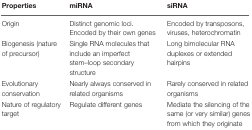
| Properties | miRNA | siRNA |
 | --- | --- | --- |
 | Origin | Distinct genomic loci. Encoded by their own genes | Encoded by transposons, viruses, heterochromatin |
 | Biogenesis (nature of precursor) | Single RNA molecules that include an imperfect stem–loop secondary structure | Long bimolecular RNA duplexes or extended hairpins |
 | Evolutionary conservation | Nearly always conserved in related organisms | Rarely conserved in related organisms |
 | Nature of regulatory target | Regulate different genes | Mediate the silencing of the same (or very similar) genes from which they originate |